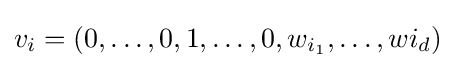
v_{i}=(0,\ldots ,0,1,\ldots ,0,w_{i_{1}},\ldots ,w{i_{d}})